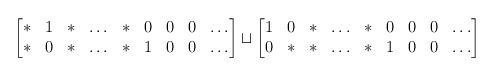
LaTeX: \begin{align*}\begin{bmatrix} \ast & 1 & \ast & \hdots & \ast & 0 & 0 & 0 & \hdots \\\ast & 0 & \ast & \hdots & \ast & 1 & 0 & 0 & \hdots \end{bmatrix} \sqcup\begin{bmatrix} 1 & 0 & \ast & \hdots & \ast & 0 & 0 & 0 & \hdots \\0 & \ast & \ast & \hdots & \ast & 1 & 0 & 0 & \hdots \end{bmatrix} \end{align*}